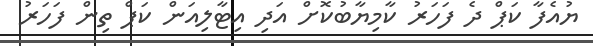
ޔުއެފާ ކަޕް ދެ ފަހަރު ކާމިޔާބުކޮށް އަދި އިޓާލިއަން ކަޕް ތިން ފަހަރު